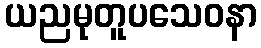
ယညမုတူပသေဝနာ